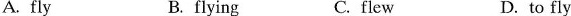
A. fly B. flying C. flew D. to fly